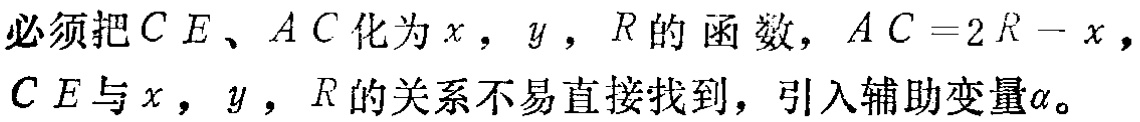
必须把 \(CE、AC\) 化为 \(x\)，\(y\)，\(R\) 的函数，\(AC = 2R - x\)，\(CE\) 与 \(x\)，\(y\)，\(R\) 的关系不易直接找到，引入辅助变量\(\alpha\)。